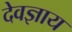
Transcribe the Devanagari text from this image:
देवज्ञाय